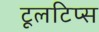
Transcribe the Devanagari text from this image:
टूलटिप्स